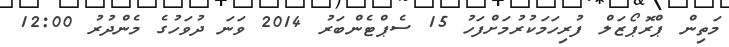
މަތިން ޕްރޮޕޯޒަލް ފުރިހަމަކުރުމަށްފަހު 15 ސެޕްޓެންބަރު 2014 ވަނަ ދުވަހުގެ މެންދުރު 12:00